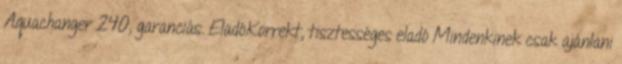
Aquachanger 240, garanciás. EladóKorrekt, tisztességes eladó Mindenkinek csak ajánlani